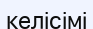
келісімі